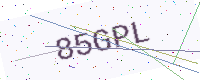
Text: 85GPL